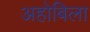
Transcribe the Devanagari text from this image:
अहोबिला